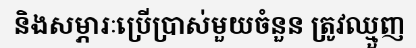
និងសម្ភារៈប្រើប្រាស់មួយចំនួន ត្រូវឈ្មួញ